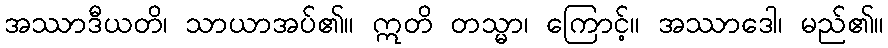
အဿာဒီယတိ၊ သာယာအပ်၏။ ဣတိ တသ္မာ၊ ကြောင့်။ အဿာဒေါ၊ မည်၏။